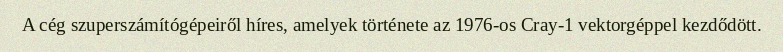
A cég szuperszámítógépeiről híres, amelyek története az 1976-os Cray-1 vektorgéppel kezdődött.